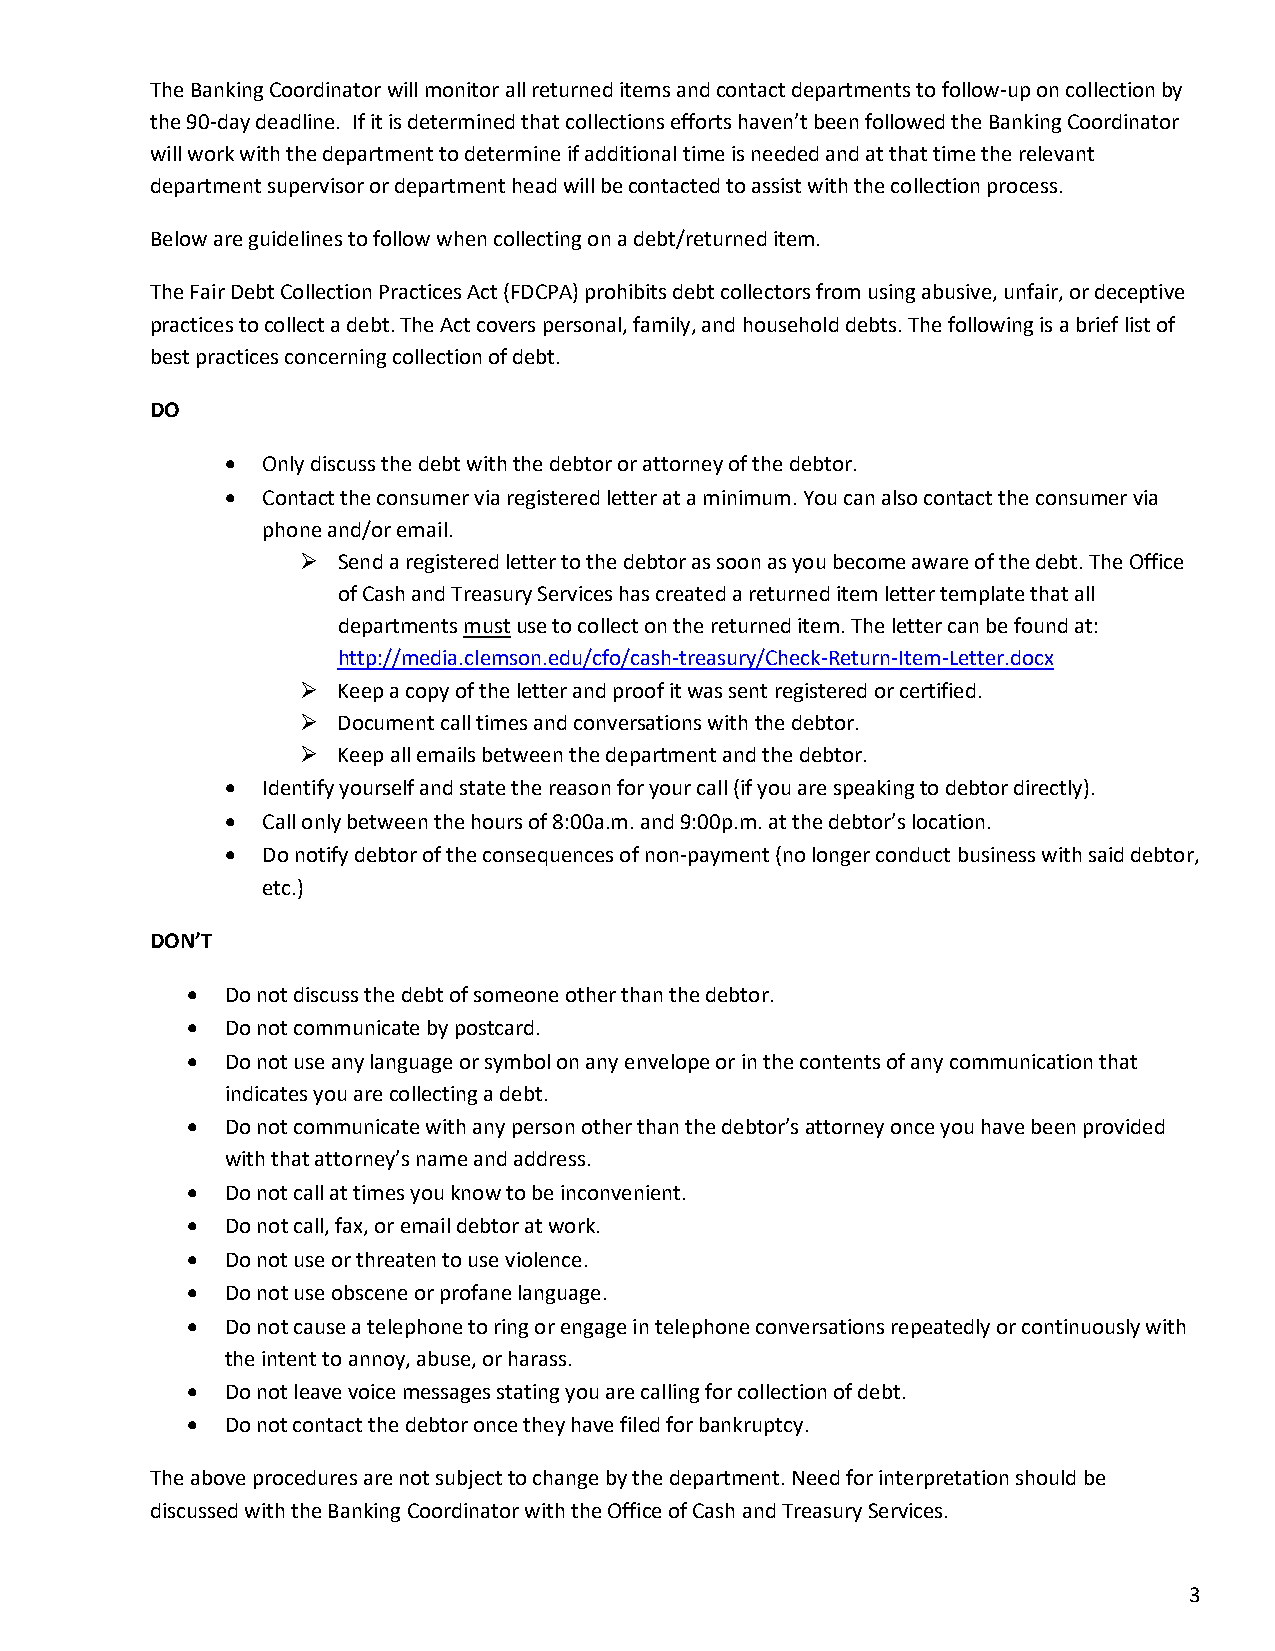
The Banking Coordinator will monitor all returned items and contact departments to follow-up on collection by
 the 90-day deadline. If it is determined that collections efforts haven’t been followed the Banking Coordinator
 will work with the department to determine if additional time is needed and at that time the relevant
 department supervisor or department head will be contacted to assist with the collection process.
 Below are guidelines to follow when collecting on a debt/returned item.
 The Fair Debt Collection Practices Act (FDCPA) prohibits debt collectors from using abusive, unfair, or deceptive
 practices to collect a debt. The Act covers personal, family, and household debts. The following is a brief list of
 best practices concerning collection of debt.
 DO
 • Only discuss the debt with the debtor or attorney of the debtor.
 • Contact the consumer via registered letter at a minimum. You can also contact the consumer via
 phone and/or email.
  Send a registered letter to the debtor as soon as you become aware of the debt. The Office
 of Cash and Treasury Services has created a returned item letter template that all
 departments must use to collect on the returned item. The letter can be found at:
 http://media.clemson.edu/cfo/cash-treasury/Check-Return-Item-Letter.docx
  Keep a copy of the letter and proof it was sent registered or certified.
  Document call times and conversations with the debtor.
  Keep all emails between the department and the debtor.
 • Identify yourself and state the reason for your call (if you are speaking to debtor directly).
 • Call only between the hours of 8:00a.m. and 9:00p.m. at the debtor’s location.
 • Do notify debtor of the consequences of non-payment (no longer conduct business with said debtor,
 etc.)
 DON’T
 •  Do not discuss the debt of someone other than the debtor.
 •  Do not communicate by postcard.
 •  Do not use any language or symbol on any envelope or in the contents of any communication that
 indicates you are collecting a debt.
 •  Do not communicate with any person other than the debtor’s attorney once you have been provided
 with that attorney’s name and address.
 •  Do not call at times you know to be inconvenient.
 •  Do not call, fax, or email debtor at work.
 •  Do not use or threaten to use violence.
 •  Do not use obscene or profane language.
 •  Do not cause a telephone to ring or engage in telephone conversations repeatedly or continuously with
 the intent to annoy, abuse, or harass.
 •  Do not leave voice messages stating you are calling for collection of debt.
 •  Do not contact the debtor once they have filed for bankruptcy.
 The above procedures are not subject to change by the department. Need for interpretation should be
 discussed with the Banking Coordinator with the Office of Cash and Treasury Services.
 3